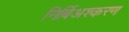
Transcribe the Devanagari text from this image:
निर्बिअश्करण